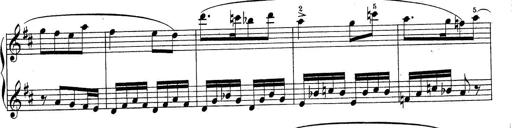
Title: Sonatine No.3
Composer: Peter Piel
Key: D major